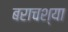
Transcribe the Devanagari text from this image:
बराचश्या